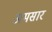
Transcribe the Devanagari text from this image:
अमसार